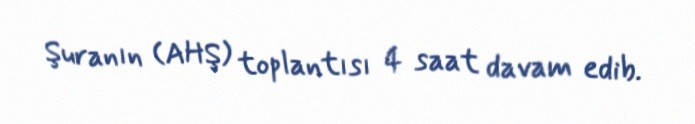
Şuranın (AHŞ) toplantısı 4 saat davam edib.